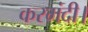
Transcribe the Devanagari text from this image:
करमंदी।